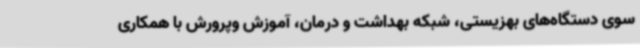
سوی دستگاه‌های بهزیستی، شبکه بهداشت و درمان، آموزش وپرورش با همکاری